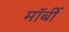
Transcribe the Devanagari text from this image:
मॉर्बी